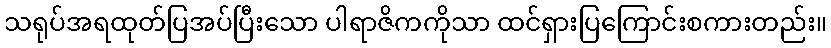
သရုပ်အရထုတ်ပြအပ်ပြီးသော ပါရာဇိကကိုသာ ထင်ရှားပြကြောင်းစကားတည်း။